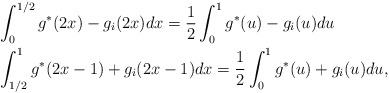
\begin{align*}&\int_0^{1/2} g^*(2x) - g_i(2x) dx = \frac{1}{2}\int_0^1 g^*(u) - g_i(u) du\\&\int_{1/2}^{1} g^*(2x-1) + g_i(2x-1) dx = \frac{1}{2} \int_{0}^1 g^*(u)+g_i(u)du,\end{align*}